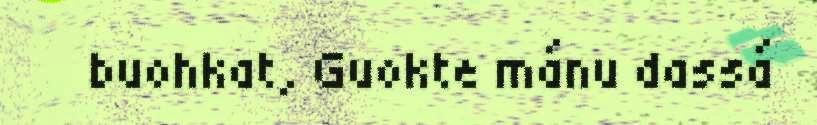
buohkat, Guokte mánu dassá